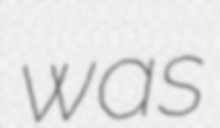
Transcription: was